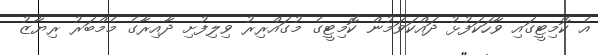
އެ ކޮމިޓީގައި ވާހަކަފުޅު ދައްކަވަމުން ކޮމިޓީގެ މުގައްރިރު ވިލިފުށި ދާއިރާގެ މެމްބަރު ރިޔާޒު